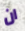
ان